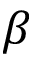
\beta